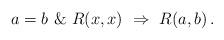
LaTeX: \begin{align*}a=b\ \&\ R(x,x)\ \Rightarrow\ R(a,b)\,.\end{align*}